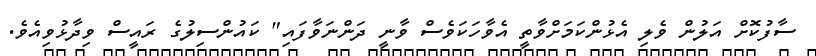
ސާފުކޮށް އަލުން ވެލި އެޅުންކަމަށްވާތީ އެވާހަކަވެސް ވާނީ ދަންނަވާފައި" ކައުންސިލުގެ ރައީސް ވިދާޅުވިއެވެ.